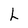
Character: L